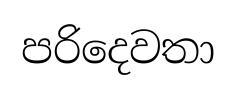
පරිදෙවතා